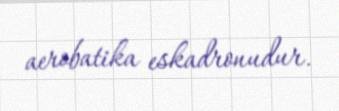
aerobatika eskadronudur.